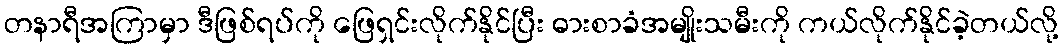
တနာရီအကြာမှာ ဒီဖြစ်ရပ်ကို ဖြေရှင်းလိုက်နိုင်ပြီး ဓားစာခံအမျိုးသမီးကို ကယ်လိုက်နိုင်ခဲ့တယ်လို့